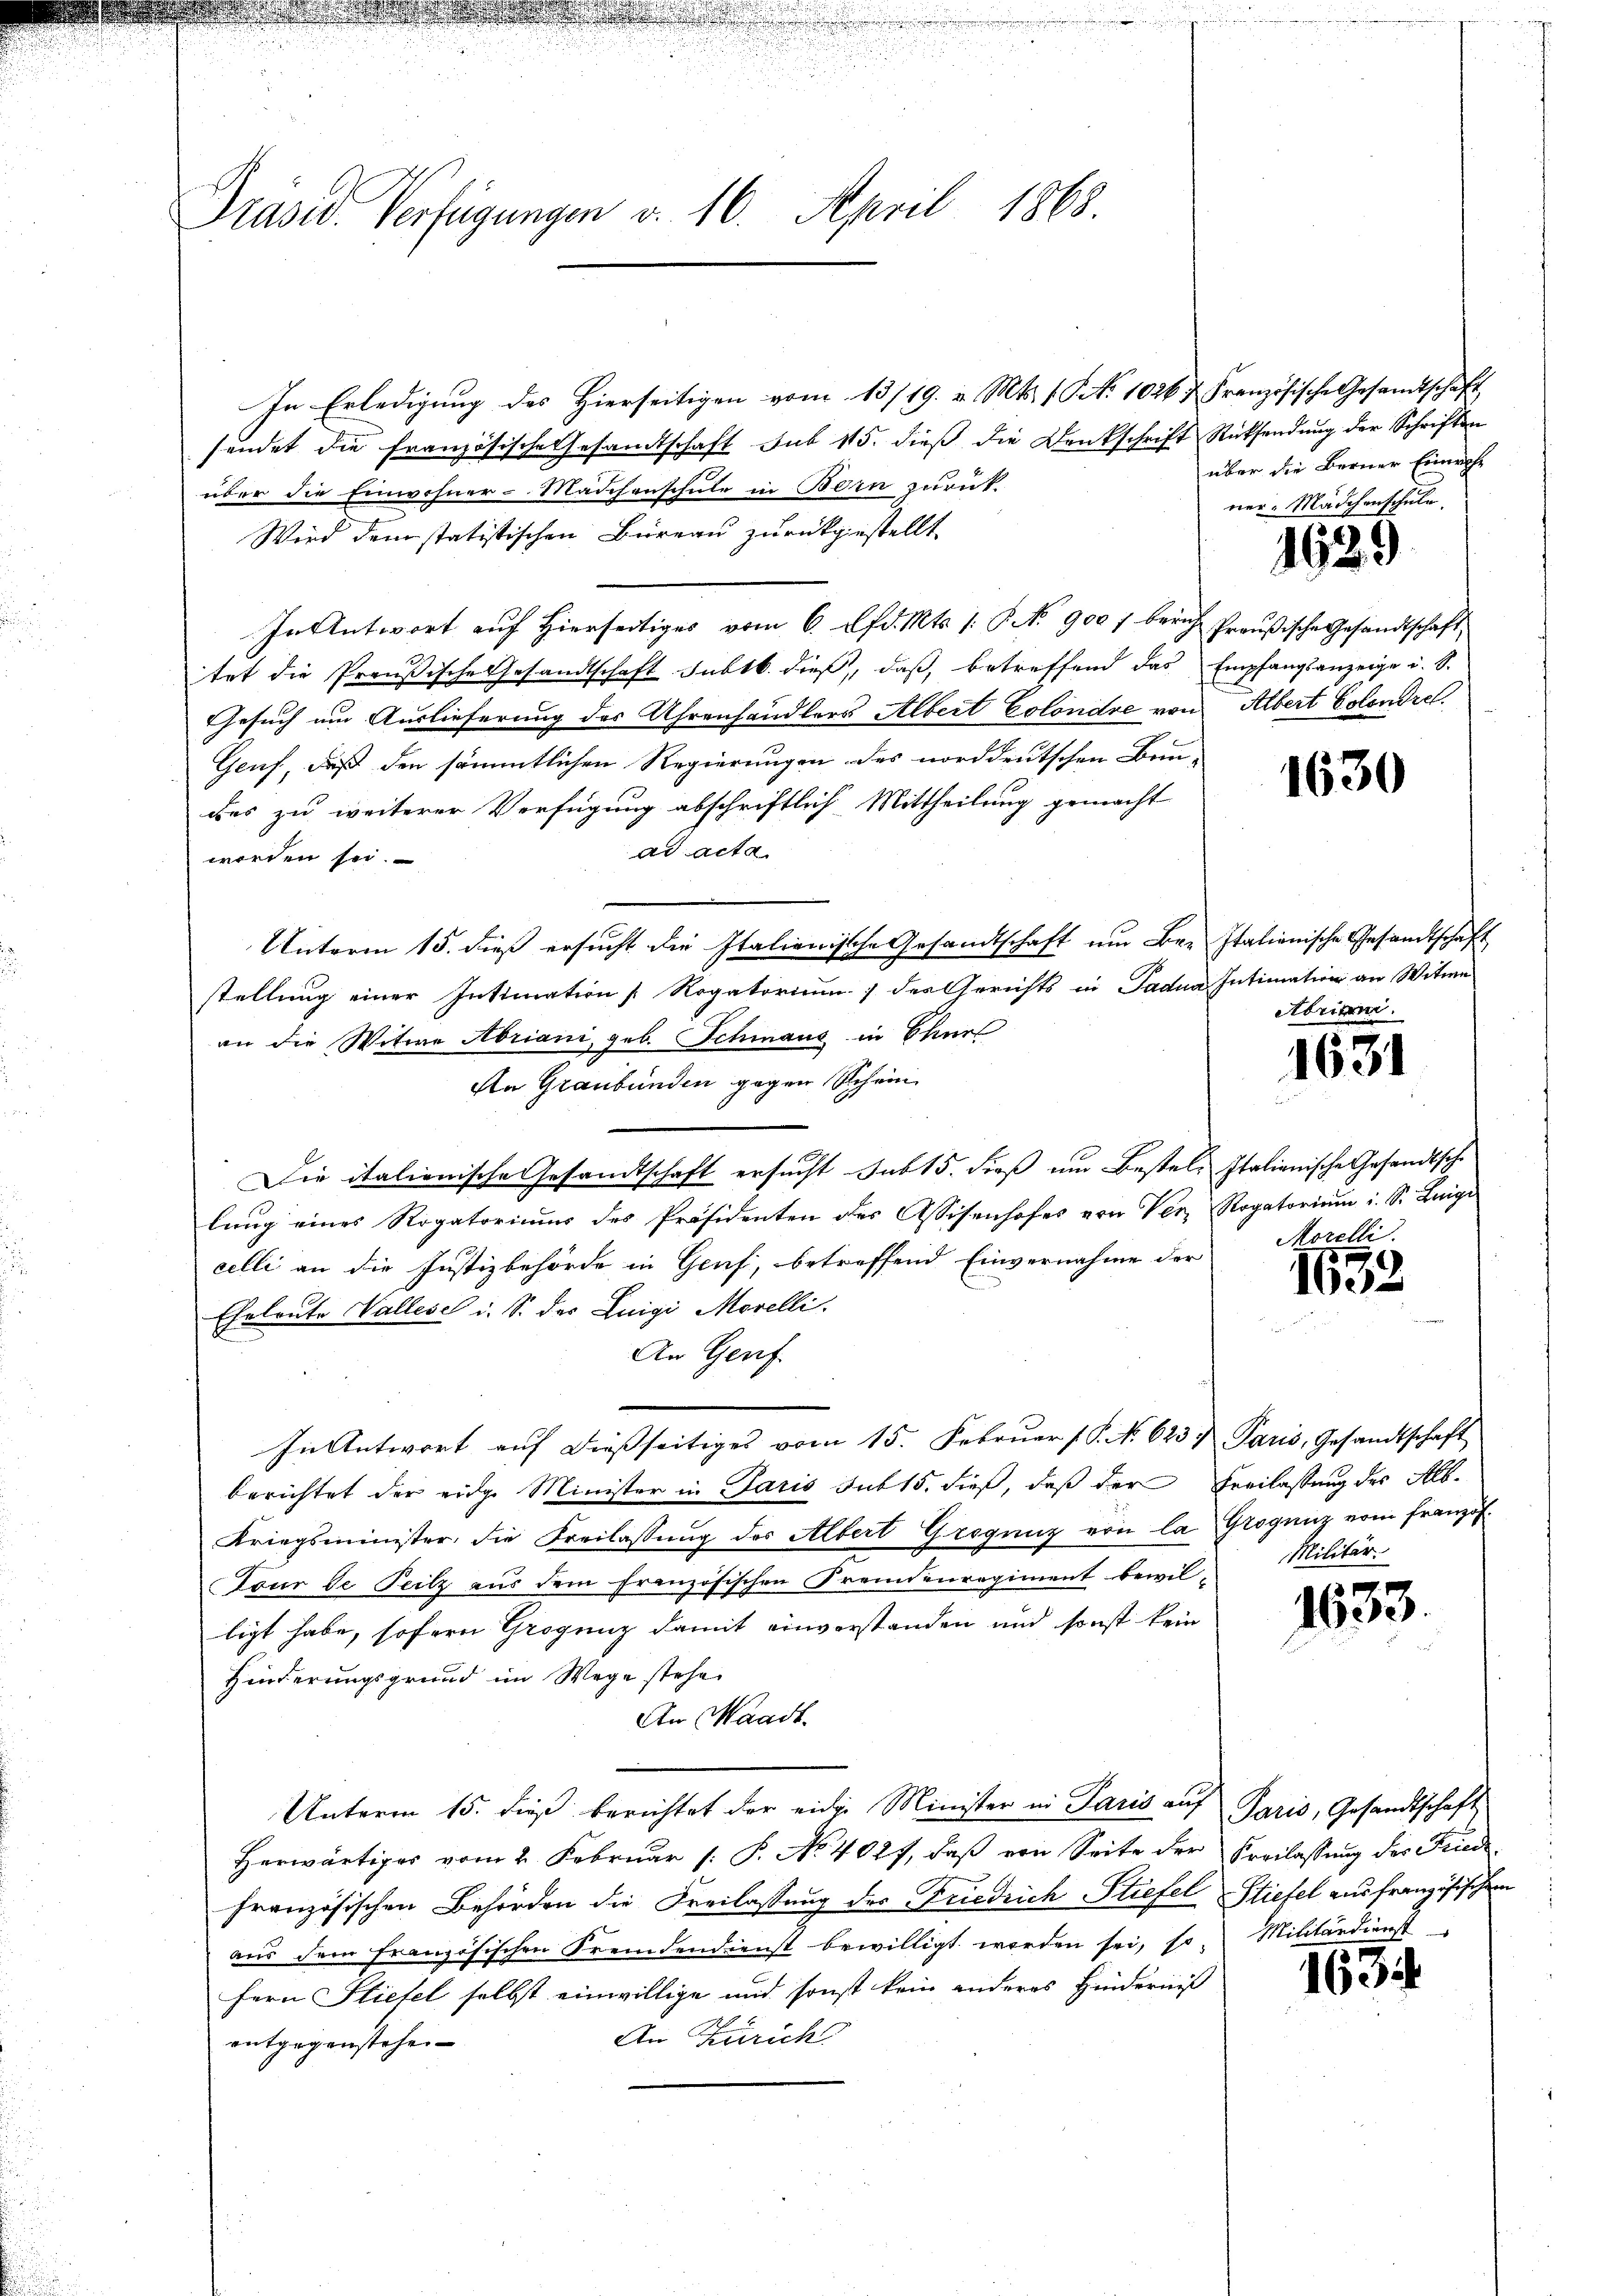
Präsid. Verfügungen v. 16. April 1868.

In Erledigung des Hierseitigen vom 13/19. v. Mts. 1. No. 1026 t Französische Gesandtschaft
sendet die Französische Gesandtschaft sub 115. dieß die Denkschrift Rücksendung der Schriften
über die Einwohner-Mädchenschule in Born zurück-
Wird dem statistischen Bureau zurückgestellt,
In Antwort auf Hierseitiges vom 6. lfd. Mts. /: NNo. 900 f berich Preußische Gesandtschaft,
tet die Preußische Gesandtschaft subtb. dieß, daß, betreffend das Empfangsanzeige u. S.
Gesuch um Auslieferung des Uhrenhändlers Albert Colondre von Albert Colendret.
Geuf, daß den sämmtlichen Regierungen des norddeutschen Bau-
des zu weiterer Verfügung abschriftlich Mittheilung gemacht
ad acta
worden sei.
Unterm 15. dieß ersucht die Italienische Gesandtschaft um Bre Italienische Gesandtschaft
stellung einer Intimation [ Rogatorium der Gerichts in Padua Intimation an Witwe
an die Witwe Abriani, geb. Schmaus in Chur
An Graubünden gegen Schein
Die italienische Gesandtschaft ersucht sub 15. dieß um Bestel- Italienische Gesandtsche
lung eines Rogatoriums des Präsidenten des Assisenhofes von Ver- Rogatoriŭm i. S. Luigi
celli an die Justizbehörde in Genf, betreffend Einvernahme der
Eheleute Vallisel i. S. des Luigi Morelli.
An Genf.
In Antwort aŭf dießseitiges vom 15. Febrŭar (S. N. 623. Paris, Gesandtschaft
berichtet der eidge Minister in Paris sub 15. dieß, daß der Freilassung des Alb¬
Kriegsminister, die Freilassung des Albert Groganz von la Grogunz vom Franzof.
Tour de Teilz aus dem französischen Fremdenregiment bewil-
ligt habe, sofern Grogenz damit einverstanden und sonst kein
Hinderungsgrund im Wege stehe
An Waadt.
Unterm 15. dieß berichtet der eine Minister in Paris auf Paris, Gesandtschaft
Herwärtiges vom 2. Februar (: P. No 4027, daβ von Seite der Kreilassung des Friede
französischen Behörden die Freilassung des Friedrich Stiefel Stiefel aus französischen
aus dem französischen Fremdendienst bewilligt worden sei, so. Militärdienst
fern Stiefel selbst einwillige und sonst kein anderes Hinderniß
An Zürich
entgegenstehen

über die Berner Einwohn
ner-Mädchenschule.

1629

1630

Abrian.

1631

Morelli

1632

Militär.

1633.

1634